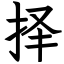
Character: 择